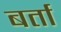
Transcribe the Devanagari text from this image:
बर्ता